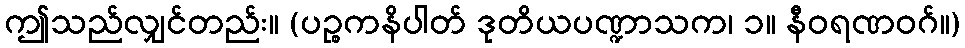
ဤသည်လျှင်တည်း။ (ပဉ္စကနိပါတ် ဒုတိယပဏ္ဍာသက၊ ၁။ နီဝရဏဝဂ်။)